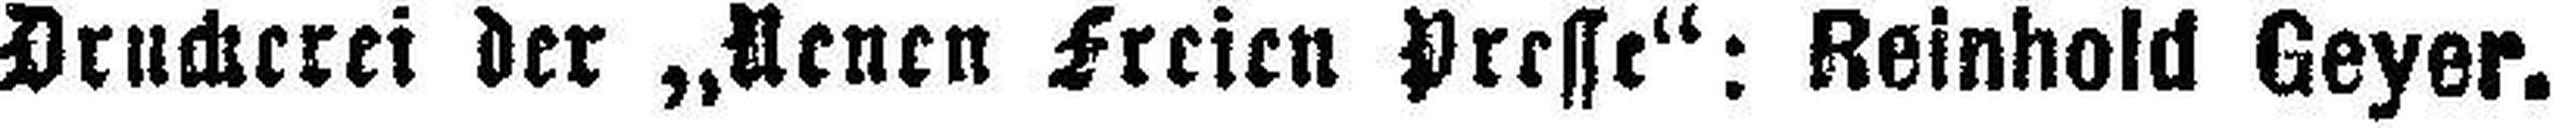
Drucherei der „Neuen freien Presse“: Reinhold Geyer.